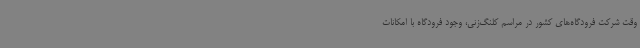
وقت شرکت فرودگاه‌های کشور در مراسم کلنگ‌زنی، وجود فرودگاه با امکانات